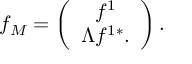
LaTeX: f _ { M } = \left( \begin{array} { c } { { f ^ { 1 } } } \\ { { \Lambda f ^ { 1 * } . } } \end{array} \right) .